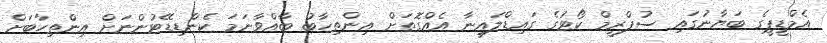
އެމްޑީޕީގެ ބަޔާނުގައި ސުޕްރީމް ކޯޓުގެ ގައިޑްލައިނާ އެއްގޮތަށް އިންތިހާބު ބާއްވާނަމަ ކެންޑިޑޭޓުންނަށް އިންތިހާބަށް